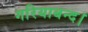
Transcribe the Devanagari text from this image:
गरियाबन्द।